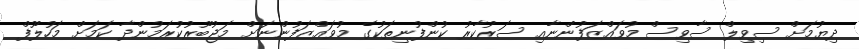
ދިޔުމަށް ސިވިލް ސާވިސް މުވައްޒަފުންނާއި ސަރުކާރު ކުންފުނިތަކުގެ މުވައްޒަފުންނަށް މަޖުބޫރުކުރަމުންދާ ކަމަށް މަހުލޫފް